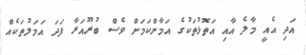
އަދި އެއީ މާލެ އާއި އަތޮޅުތަކުގެ އަމާންކަމަށް ވެސް ބުރޫއަރާ ފަދަ އަމަލުތަކެއް